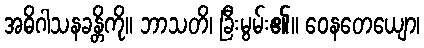
အဓိဂါသနခန္တိကို။ ဘာသတိ၊ ခြီးမွမ်း၏။ ဝေနတေယျော၊